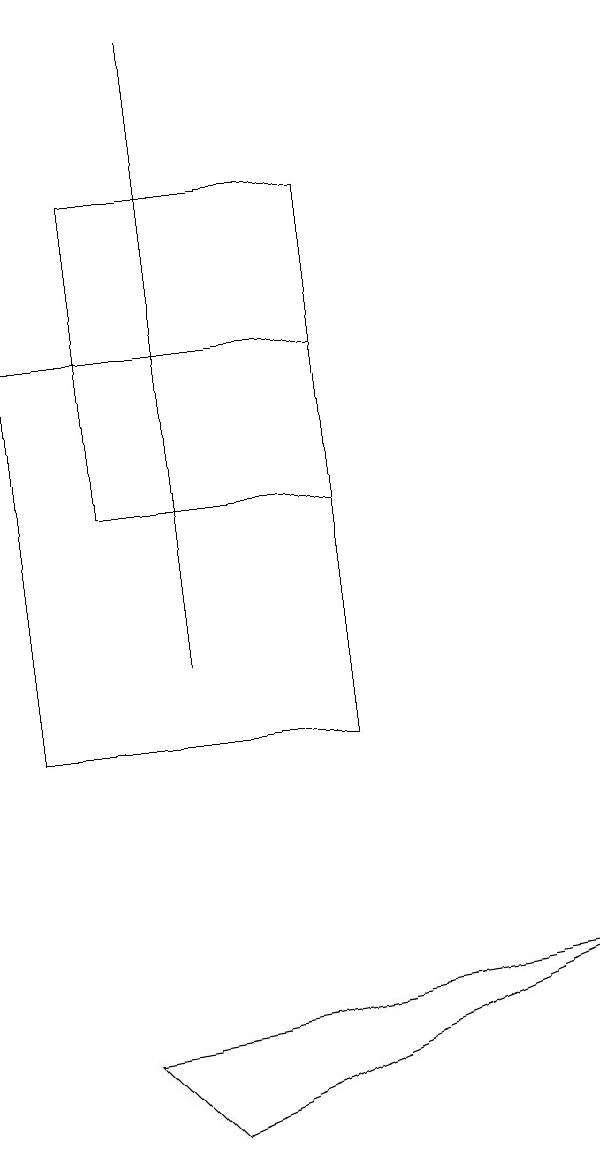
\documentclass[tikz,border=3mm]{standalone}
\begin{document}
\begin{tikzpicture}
\draw (3,5) -- (8,7) -- (2,6) -- cycle;
\draw (5,10) rectangle (1,15);
\draw (2,17) rectangle (5,13);
\draw (3,19) rectangle (3,11);
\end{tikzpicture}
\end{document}